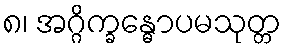
၈၊ အဂ္ဂိက္ခန္ဓောပမသုတ္တ